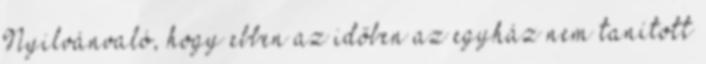
Nyilvánvaló, hogy ebben az időben az egyház nem tanított